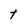
Character: t